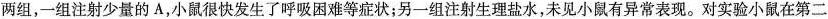
两组，一组注射少量的A，小鼠很快发生了呼吸困难等症状；另一组注射生理盐水，未见小鼠有异常表现。对实验小鼠在第二